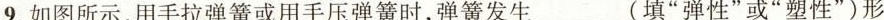
9.如图所示，用手拉弹簧或用手压弹簧时，弹簧发生___(填”弹性”或”塑性”)形